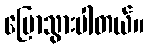
ပြောသွားပါတယ်။